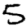
Digit: 5